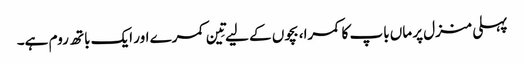
پہلی منزل پر ماں باپ کا کمرا، بچوں کے لیے تِین کمرے اور ایک باتھ روم ہے۔